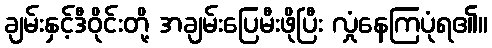
ချမ်းနှင့်ဒီဝိုင်းတို့ အချမ်းပြေမီးဖိုပြီး လှုံနေကြပုံရ၏။